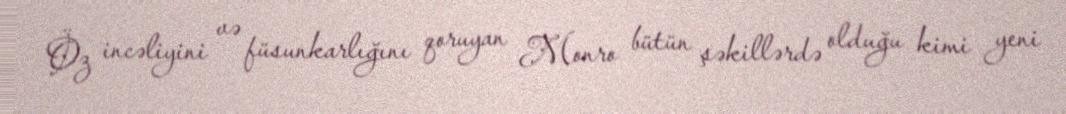
Öz incəliyini və füsunkarlığını qoruyan Monro bütün şəkillərdə olduğu kimi yeni